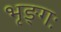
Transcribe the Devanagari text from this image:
भृङ्गः